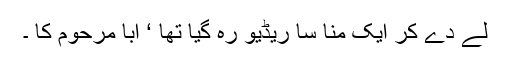
لے دے کر ایک منا سا ریڈیو رہ گیا تھا ‘ ابا مرحوم کا ۔